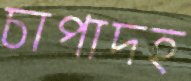
চাপাদহ